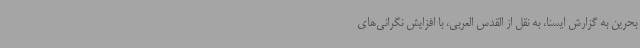
بحرین به گزارش ایسنا، به نقل از القدس العربی، با افزایش نگرانی‌های